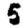
Digit: 5